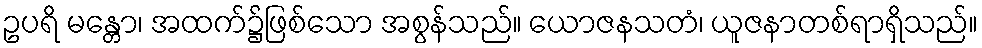
ဥပရိ မန္တော၊ အထက်၌ဖြစ်သော အစွန်သည်။ ယောဇနသတံ၊ ယူဇနာတစ်ရာရှိသည်။